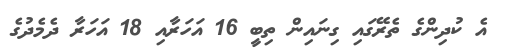
އެ ކުދިންގެ ތެރޭގައި ގިނައިން ތިބީ 16 އަހަރާއި 18 އަހަރާ ދެމެދުގެ